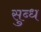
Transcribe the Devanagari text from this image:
सुब्ध